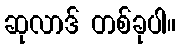
ဆုလာဒ် တစ်ခုပါ။